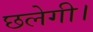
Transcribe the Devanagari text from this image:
छलेगी।